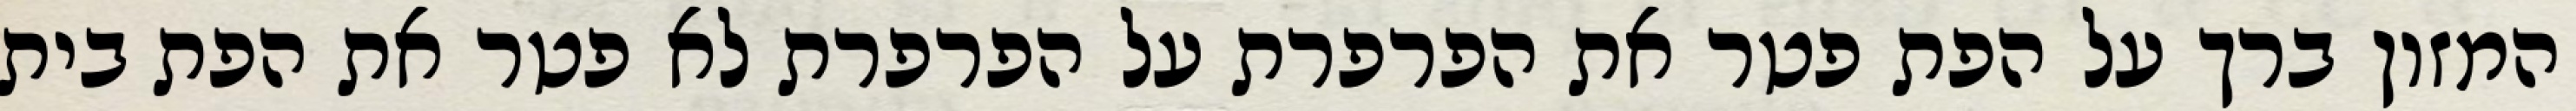
המזון ברך על הפת פטר את הפרפרת על הפרפרת לא פטר את הפת בית